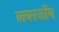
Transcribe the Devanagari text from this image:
लवरजॉय